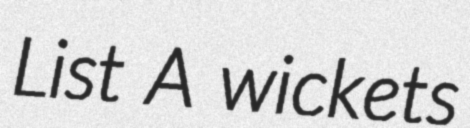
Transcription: List A wickets